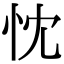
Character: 忱